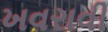
ખવરાવી